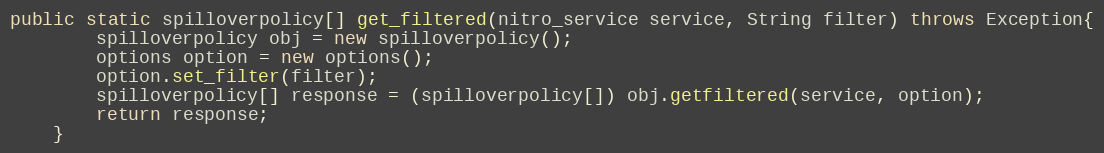
Language: Java
public static spilloverpolicy[] get_filtered(nitro_service service, String filter) throws Exception{
		spilloverpolicy obj = new spilloverpolicy();
		options option = new options();
		option.set_filter(filter);
		spilloverpolicy[] response = (spilloverpolicy[]) obj.getfiltered(service, option);
		return response;
	}